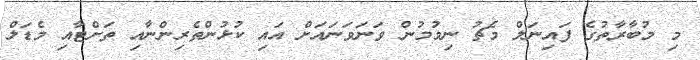
މި މުބާރާތުގެ ފައިނަލް މެޗު ނިމުމުން ވަނަވަނައަށް އައި ކުޅުންތެރިންނާއި ތަށްޓާއި މެޑަލް